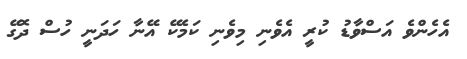
އެހެންވެ އަސްވާޑު ކުރީ އެވެނި މިވެނި ކަމެކޭ އޭނާ ހަދަނީ ހުސް ދޮގޭ